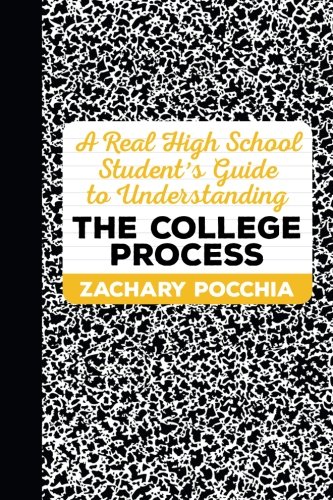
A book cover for A Real High School Student's Guide to Understanding the College Process; Zachary Pocchia; Teen & Young Adult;